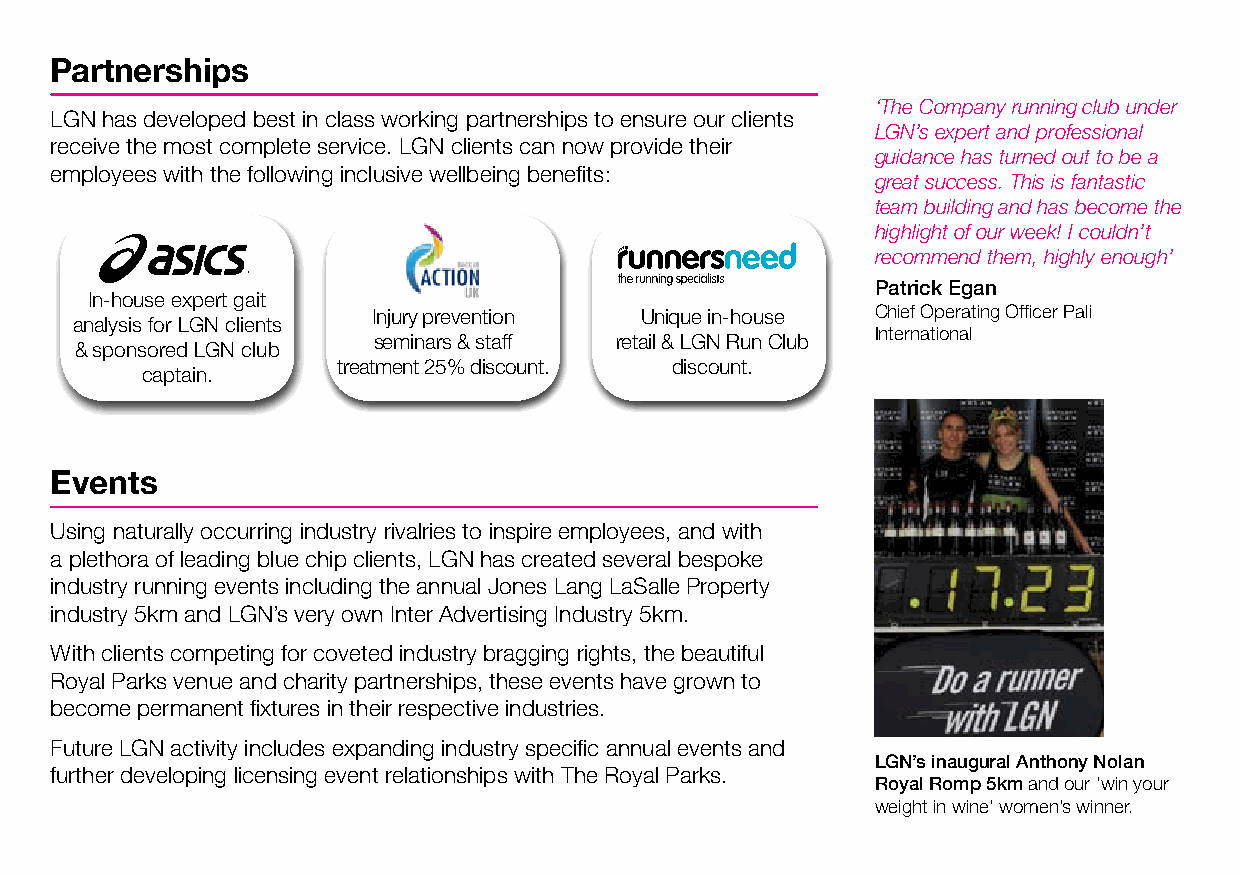
Partnerships
 ‘The Company running club under
 LGN has developed best in class working partnerships to ensure our clients
 LGN’s expert and professional
 receive the most complete service. LGN clients can now provide their
 guidance has turned out to be a
 employees with the following inclusive wellbeing benefits:
 great success. This is fantastic
 team building and has become the
 highlight of our week! I couldn’t
 recommend them, highly enough’
 Patrick Egan
 In-house expert gait
 Injury prevention Unique in-house Chief Operating Officer Pali
 analysis for LGN clients
 International
 seminars & staff retail & LGN Run Club
 & sponsored LGN club
 treatment 25% discount. discount.
 captain.
 Events
 Using naturally occurring industry rivalries to inspire employees, and with
 a plethora of leading blue chip clients, LGN has created several bespoke
 industry running events including the annual Jones Lang LaSalle Property
 industry 5km and LGN’s very own Inter Advertising Industry 5km.
 With clients competing for coveted industry bragging rights, the beautiful
 Royal Parks venue and charity partnerships, these events have grown to
 become permanent fixtures in their respective industries.
 Future LGN activity includes expanding industry specific annual events and
 LGN’s inaugural Anthony Nolan
 further developing licensing event relationships with The Royal Parks.
 Royal Romp 5km and our ‘win your
 weight in wine’ women’s winner.